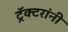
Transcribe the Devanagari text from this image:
ट्रॅक्टरांनी